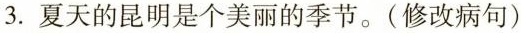
3.夏天的昆明是个美丽的季节。(修改病句)